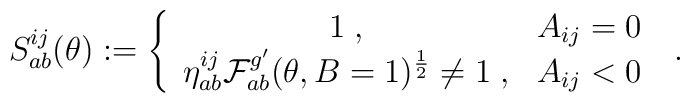
S_{ab}^{ij}(\theta ):=\left\{ \begin{array}{cc}1\;, & A_{ij}=0 \\ \eta _{ab}^{ij}\mathcal{F}_{ab}^{g^{\prime }}(\theta ,B=1)^{\frac{1}{2}}\neq1\;, & A_{ij}<0\end{array}\right. \;.